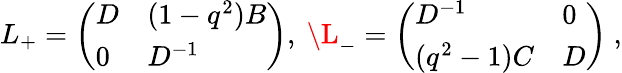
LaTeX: L_{+}=\left(\begin{array}{ll}{{D}}&{{(1-q^{2})B}}\\ {{0}}&{{D^{-1}}}\end{array}\right),\ \L_{-}=\left(\begin{array}{ll}{{D^{-1}}}&{{0}}\\ {{(q^{2}-1)C}}&{{D}}\end{array}\right)\ ,